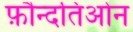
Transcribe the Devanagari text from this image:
फ़ौन्दतिओन